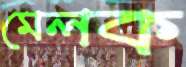
মেলক